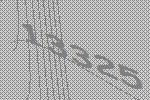
13325